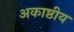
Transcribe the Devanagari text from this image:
अकाष्ठीय